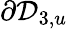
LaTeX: \partial\mathcal{D}_{3,u}